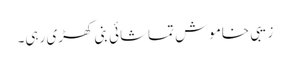
زیبی خاموش تماشائی بنی کھڑی رہی۔